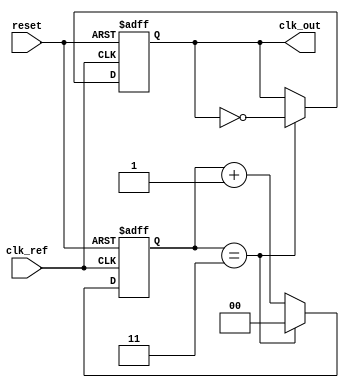
module PLL (
    input wire clk_ref,          // Reference clock input
    input wire reset,           // Reset signal
    output reg clk_out          // Output clock
);

// Parameters
parameter DIV_RATIO = 4;      // Frequency divider ratio
parameter VCO_MAX_FREQ = 100; // Max frequency for VCO
parameter VCO_MIN_FREQ = 10;  // Min frequency for VCO

// Internal signals
reg [3:0] phase_err;           // Phase error signal
reg [7:0] control_voltage;      // Control voltage for VCO
reg [7:0] vco_freq;            // Current VCO frequency
reg [1:0] divider_count;       // Divider count for feedback

// Phase Detector (PD)
always @(posedge clk_ref or posedge reset) begin
    if (reset) begin
        phase_err <= 0;
    end else begin
        // Simple phase detector using XOR for demonstration
        phase_err <= (clk_ref ^ clk_out) ? 1 : 0; // Phase error
    end
end

// Loop Filter (LF)
always @(posedge clk_ref or posedge reset) begin
    if (reset) begin
        control_voltage <= 0;
    end else begin
        // Simple first-order loop filter
        control_voltage <= control_voltage + phase_err; // Integrate phase error
        // Clamp control voltage to VCO range
        if (control_voltage > VCO_MAX_FREQ) begin
            control_voltage <= VCO_MAX_FREQ;
        end else if (control_voltage < VCO_MIN_FREQ) begin
            control_voltage <= VCO_MIN_FREQ;
        end
    end
end

// Voltage-Controlled Oscillator (VCO)
always @(posedge clk_ref or posedge reset) begin
    if (reset) begin
        vco_freq <= VCO_MIN_FREQ;
    end else begin
        // Adjust VCO frequency based on control voltage
        vco_freq <= control_voltage; // Direct mapping for simplicity
    end
end

// Frequency Divider
always @(posedge clk_ref or posedge reset) begin
    if (reset) begin
        divider_count <= 0;
        clk_out <= 0;
    end else begin
        // Simple frequency divider
        if (divider_count == DIV_RATIO - 1) begin
            clk_out <= ~clk_out; // Toggle output clock
            divider_count <= 0;   // Reset counter
        end else begin
            divider_count <= divider_count + 1; // Increment counter
        end
    end
end

endmodule